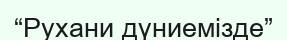
“Рухани дүниемізде”